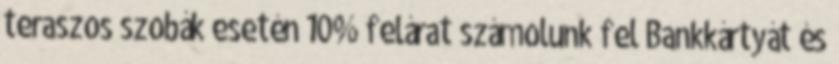
teraszos szobák esetén 10% felárat számolunk fel Bankkártyát és